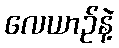
လေယာဉ်နဲ့